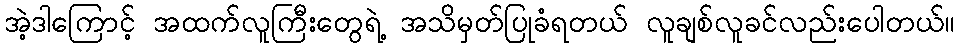
အဲ့ဒါကြောင့် အထက်လူကြီးတွေရဲ့ အသိမှတ်ပြုခံရတယ် လူချစ်လူခင်လည်းပေါတယ်။